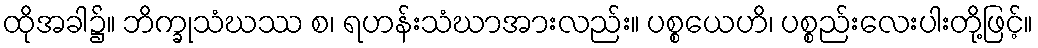
ထိုအခါ၌။ ဘိက္ခုသံဃဿ စ၊ ရဟန်းသံဃာအားလည်း။ ပစ္စယေဟိ၊ ပစ္စည်းလေးပါးတို့ဖြင့်။